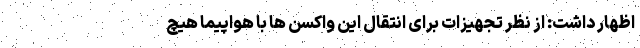
اظهار داشت: از نظر تجهیزات برای انتقال این واکسن ها با هواپیما هیچ